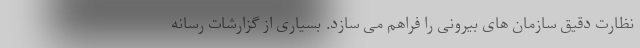
نظارت دقیق سازمان های بیرونی را فراهم می سازد. بسیاری از گزارشات رسانه